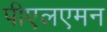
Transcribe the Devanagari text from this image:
पीएलएमन